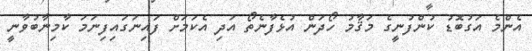
އެންމެ އަގުބޮޑު ކުންފުނީގެ މަޤާމު ހޯދަން އުޅެފާނެތޯ އަދި އެކަމަށް ފައިނަގައިފިނަމަ ކާމިނާބުވާނީ